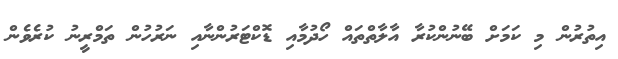
އިތުރުން މި ކަމަށް ބޭނުންކުރާ އާލާތްތައް ހޯދުމާއި ޑޮކްޓަރުންނާއި ނަރުހުން ތަމްރީނު ކުރެވެން